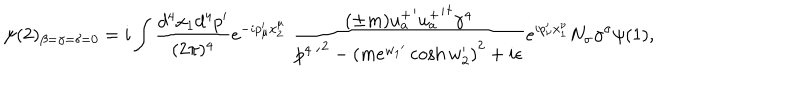
LaTeX: \psi ( 2 ) _ { \beta = \gamma = \delta = 0 } = i \int \frac { d ^ { 4 } x _ { 1 } d ^ { 4 } p ^ { \prime } } { ( 2 \pi ) ^ { 4 } } e ^ { - i p _ { \mu } ^ { \prime } x _ { 2 } ^ { \mu } } \; \frac { ( \pm m ) { u _ { a } ^ { + } } ^ { \prime } { { u _ { a } ^ { + } } ^ { \prime } } ^ { \dagger } \gamma ^ { 4 } } { { p ^ { 4 \; \prime } } ^ { 2 } - { ( m e ^ { { w _ { 1 } } ^ { \prime } } \cosh w _ { 2 } ^ { \prime } ) } ^ { 2 } + i \epsilon } e ^ { i p _ { \nu } ^ { \prime } x _ { 1 } ^ { \nu } } N _ { \sigma } \gamma ^ { \sigma } \psi ( 1 ) ,